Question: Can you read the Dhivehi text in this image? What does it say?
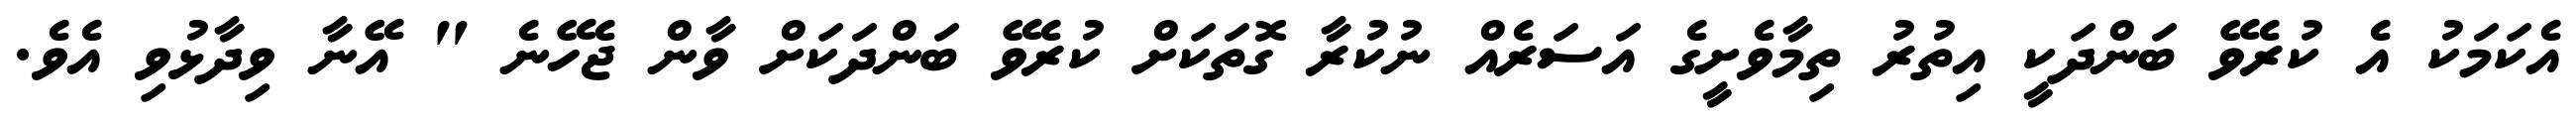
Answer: އެކަމަކު އެ ކުރެވޭ ބަންދަކީ އިތުރު ތިމާވެށީގެ އަސަރެއް ނުކުރާ ގޮތަކަށް ކުރެވޭ ބަންދަކަށް ވާން ޖެހޭނެ " އޭނާ ވިދާޅުވި އެވެ.